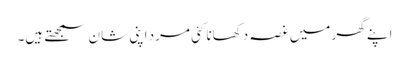
اپنے گھر میں غصہ دکھانا کئی مرد اپنی شان سمجھتے ہیں۔